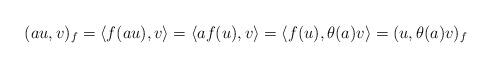
LaTeX: \begin{gather*} (au,v)_f=\langle f(au),v\rangle=\langle af(u),v\rangle =\langle f(u),\theta(a)v\rangle=(u,\theta(a)v)_f \end{gather*}